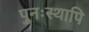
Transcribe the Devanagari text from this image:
पुनःस्थापि